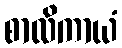
စာလိကာယံ